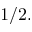
1 / 2 .